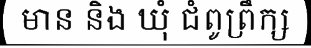
មាន និង ឃុំ ជំពូព្រឹក្ស